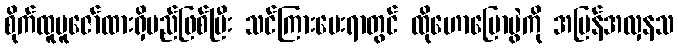
စိုက်ထူပူဇော်ထားရှိမည်ဖြစ်ပြီး သင်ကြားပေးရာတွင် ထိုဟောပြောပွဲကို အပြန်အလှနသ